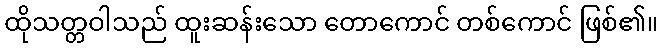
ထိုသတ္တဝါသည် ထူးဆန်းသော တောကောင် တစ်ကောင် ဖြစ်၏။